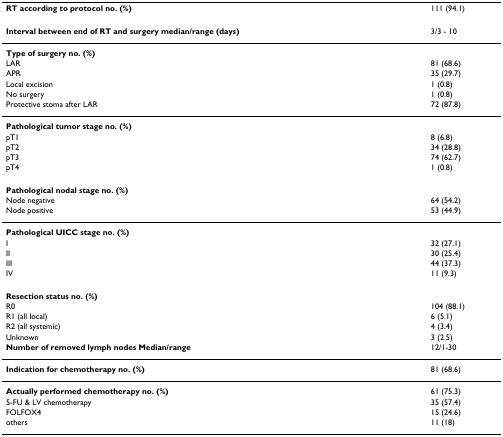
<table><thead><tr><td><b>RT according to protocol no. (%)</b></td><td><b>111 (94.1)</b></td></tr></thead><tbody><tr><td><b>Interval between end of RT and surgery median/range (days)</b></td><td>3/3 - 10</td></tr><tr><td><b>Type of surgery no. (%)</b></td><td></td></tr><tr><td>LAR</td><td>81 (68.6)</td></tr><tr><td>APR</td><td>35 (29.7)</td></tr><tr><td>Local excision</td><td>1 (0.8)</td></tr><tr><td>No surgery</td><td>1 (0.8)</td></tr><tr><td>Protective stoma after LAR</td><td>72 (87.8)</td></tr><tr><td><b>Pathological tumor stage no. (%)</b></td><td></td></tr><tr><td>pT1</td><td>8 (6.8)</td></tr><tr><td>pT2</td><td>34 (28.8)</td></tr><tr><td>pT3</td><td>74 (62.7)</td></tr><tr><td>pT4</td><td>1 (0.8)</td></tr><tr><td><b>Pathological nodal stage no. (%)</b></td><td></td></tr><tr><td>Node negative</td><td>64 (54.2)</td></tr><tr><td>Node positive</td><td>53 (44.9)</td></tr><tr><td><b>Pathological UICC stage no. (%)</b></td><td></td></tr><tr><td>I</td><td>32 (27.1)</td></tr><tr><td>II</td><td>30 (25.4)</td></tr><tr><td>III</td><td>44 (37.3)</td></tr><tr><td>IV</td><td>11 (9.3)</td></tr><tr><td><b>Resection status no. (%)</b></td><td></td></tr><tr><td>R0</td><td>104 (88.1)</td></tr><tr><td>R1 (all local)</td><td>6 (5.1)</td></tr><tr><td>R2 (all systemic)</td><td>4 (3.4)</td></tr><tr><td>Unknown</td><td>3 (2.5)</td></tr><tr><td><b>Number of removed lymph nodes Median/range</b></td><td>12/1-30</td></tr><tr><td><b>Indication for chemotherapy no. (%)</b></td><td>81 (68.6)</td></tr><tr><td><b>Actually performed chemotherapy no. (%)</b></td><td>61 (75.3)</td></tr><tr><td>5-FU &amp; LV chemotherapy</td><td>35 (57.4)</td></tr><tr><td>FOLFOX4</td><td>15 (24.6)</td></tr><tr><td>others</td><td>11 (18)</td></tr></tbody></table>